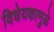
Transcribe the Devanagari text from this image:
विधेयकामुळे